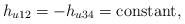
LaTeX: \begin{align*}h_{u12}=-h_{u34}={\rm constant},\end{align*}